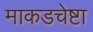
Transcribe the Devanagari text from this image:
माकडचेष्टा